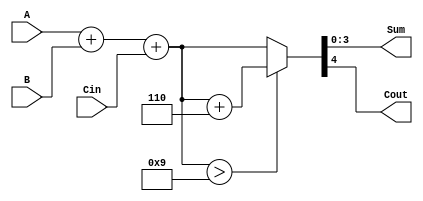
module BCD_Conditional_Adder (
    input [3:0] A,     // BCD Digit A
    input [3:0] B,     // BCD Digit B
    input Cin,         // Carry In
    output [3:0] Sum,  // BCD Sum
    output Cout        // Carry Out
);

    // Intermediate wire to hold the raw binary sum
    wire [4:0] raw_sum; // 5 bits to accommodate carry
    wire [4:0] adjusted_sum; // After adjustment for BCD validity

    // Step 1: Compute the binary sum of A, B and Cin
    assign raw_sum = A + B + Cin;

    // Step 2: Determine the adjustment for BCD validity
    // If raw_sum is greater than 9, add 6 (0110 in binary)
    assign adjusted_sum = (raw_sum > 9) ? (raw_sum + 5'd6) : raw_sum;

    // Step 3: Assign the correct output and carry out
    assign Sum = adjusted_sum[3:0]; // The lower 4 bits are the BCD result
    assign Cout = adjusted_sum[4]; // If the 5th bit is set, it indicates a carry out

endmodule